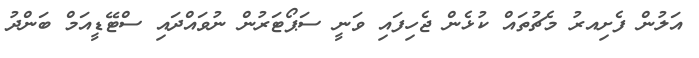
އަލުން ފެށިއރު މެޗުތައް ކުޅެން ޖެހިފައި ވަނީ ސަޕޯޓަރުން ނުވައްދައި ސްޓޭޑީއަމް ބަންދު